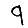
Digit: 9